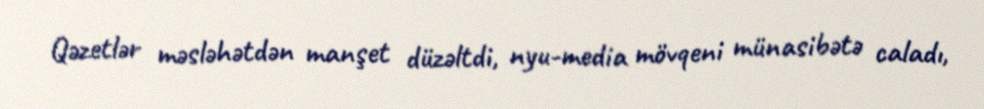
Qəzetlər məsləhətdən manşet düzəltdi, nyu-media mövqeni münasibətə caladı,